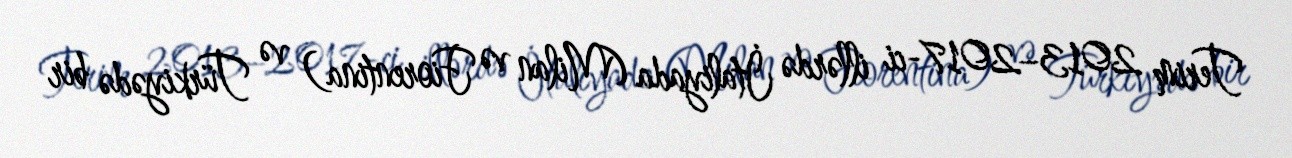
Terim 2013–2017-ci illərdə İtaliyada (Milan və Fiorentina) və Türkiyədə bir